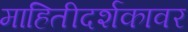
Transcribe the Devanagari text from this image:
माहितीदर्शकावर